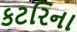
કટરિના